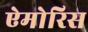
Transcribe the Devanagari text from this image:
ऐमोरिस